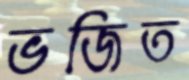
ভজিত